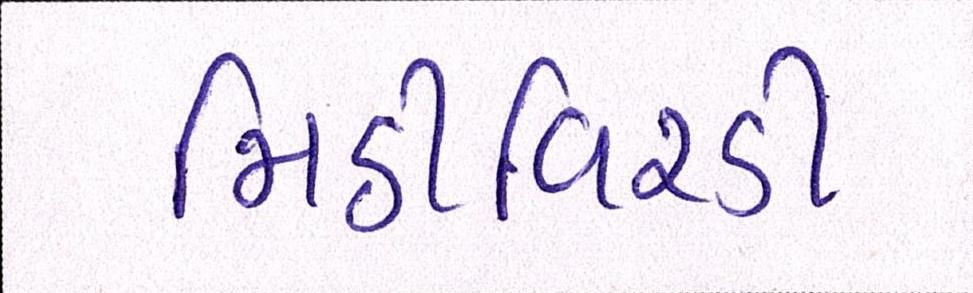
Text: મિઠીવિરડી